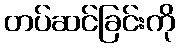
တပ်ဆင်ခြင်းကို